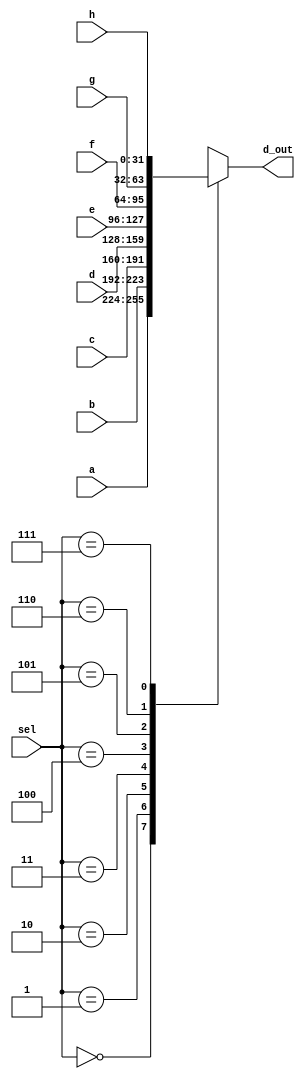
//8-to-1 MUX
module _8_to_1_MUX(d_out, a, b, c, d, e, f, g, h, sel);
	input [31:0] a, b, c, d, e, f, g, h; //inputs
	input [2:0] sel;							 //selection
	output reg [31:0] d_out;				 //output
	
	always@(sel, a, b, c, d, e, f, g, h) 
	begin
		case(sel)
		3'b000 : d_out <= a;
		3'b001 : d_out <= b;
		3'b010 : d_out <= c;
		3'b011 : d_out <= d;
		3'b100 : d_out <= e;
		3'b101 : d_out <= f;
		3'b110 : d_out <= g;
		3'b111 : d_out <= h;
		default : d_out <= 32'hx;
		endcase
	end
endmodule